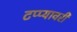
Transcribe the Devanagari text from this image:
टप्प्यावरी